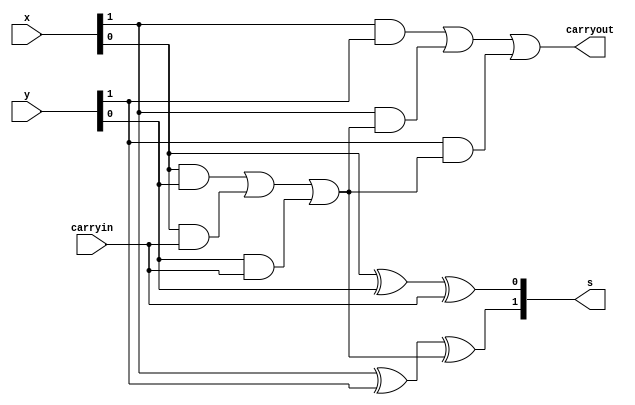
//!

module addern (carryin,x,y,s,carryout);
    parameter n = 2;
    input carryin;
    input [n-1:0]x,y;
    output reg carryout;
    output reg [n-1:0]s;
    reg [n:0]c;
    integer k;  // 
    always@(x,y,carryin)
    begin
        c[0] = carryin;
        for(k=0;k<n;k=k+1)
            begin
                s[k] = x[k]^y[k]^c[k];
                c[k+1] = (x[k]&y[k]) | (x[k]&c[k]) | (y[k]&c[k]);
            end
        carryout = c[k];
    end 

endmodule